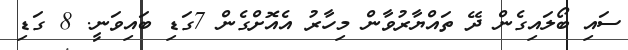
ސައި ބޯލައިގެން ދޭ ތައްޔާރުވާން މިހާރު އެއޮށްގެން 7ގަޑި ބައިވަނީ. 8 ގަޑި